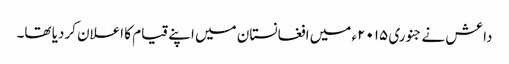
داعش نے جنوری ۲۰۱۵ء میں افغانستان میں اپنے قیام کا اعلان کردیا تھا۔